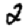
Digit: 2